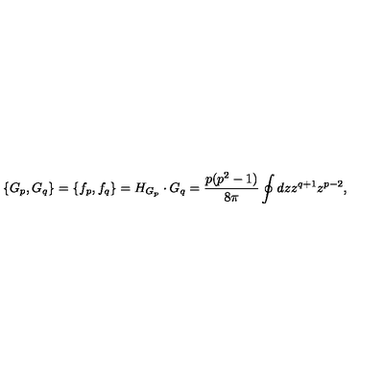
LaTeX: \{ G _ { p } , G _ { q } \} = \{ f _ { p } , f _ { q } \} = H _ { G _ { p } } \cdot G _ { q } = { \frac { p ( p ^ { 2 } - 1 ) } { 8 \pi } } \oint d z z ^ { q + 1 } z ^ { p - 2 } ,